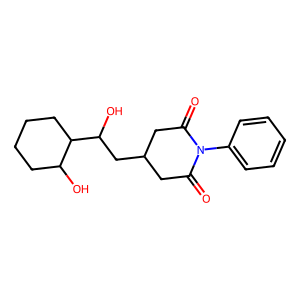
SMILES: O=C1CC(CC(O)C2CCCCC2O)CC(=O)N1c1ccccc1
Inhibits HIV replication: No